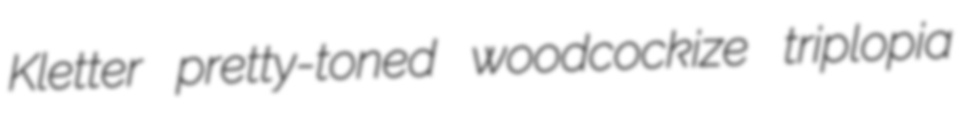
Kletter pretty-toned woodcockize triplopia